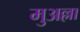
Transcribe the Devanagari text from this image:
मुअल्ला